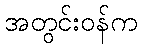
အတွင်းဝန်က